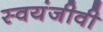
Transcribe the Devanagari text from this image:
स्वयंजीवी